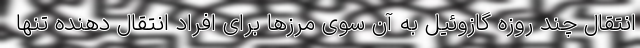
انتقال چند روزه گازوئیل به آن سوی مرز‌ها برای افراد انتقال دهنده تنها